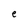
Character: e